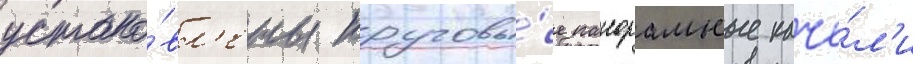
устано́вл'ены круговы́е панорамные каче́л'и